Scottish Leaving Certificate Examination, 1958
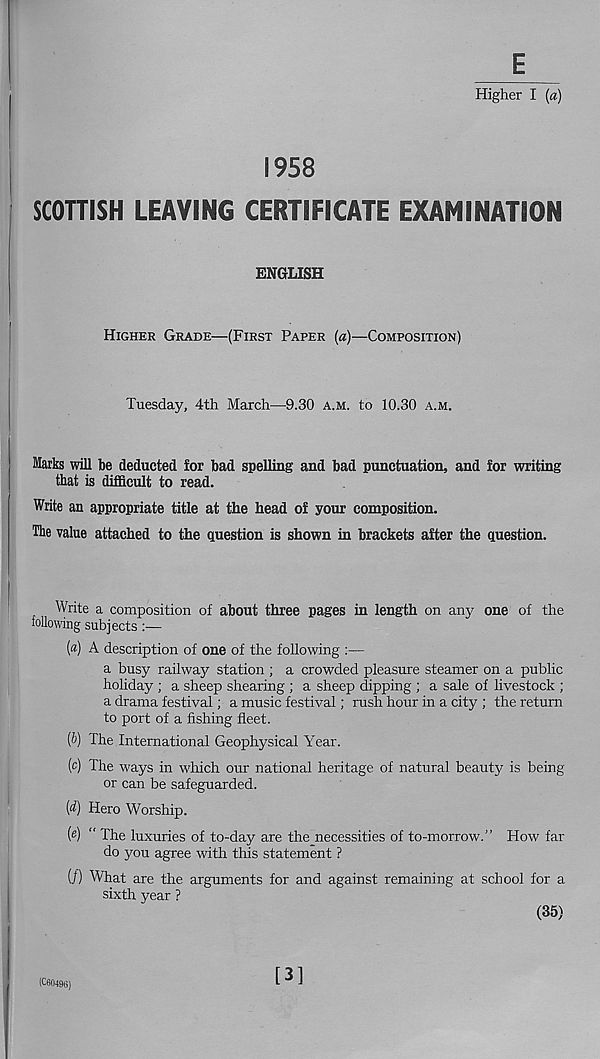
E
Higher I {a)
1958
SCOTTISH LEAVING CERTIFICATE EXAMINATION
ENGLISH
HIGHER GRADE—(FIRST PAPER {a)—COMPOSITION)
Tuesday, 4th March—9.30 A.M. to 10.30 A.M.
Marks will be deducted for bad spelling and bad punctuation, and for writing
that is difficult to read.
Write an appropriate title at the head of your composition.
Tbe value attached to the question is shown in brackets after the question.
Write a composition of about three pages in length on any one of the
following subjects :—
(a) A description of one of the following :—
a busy railway station ; a crowded pleasure steamer on a public
holiday ; a sheep shearing ; a sheep dipping ; a sale of livestock ;
a drama festival; a music festival; rush hour in a city ; the return
to port of a fishing fleet.
(b) The International Geophysical Year.
(c) The ways in which our national heritage of natural beauty is being
or can be safeguarded.
(d) Hero Worship.
(«) " The luxuries of to-day are the necessities of to-morrow.” How far
do you agree with this statement ?
(/) What are the arguments for and against remaining at school for a
sixth year ?
(35)
(C60496)
[3]